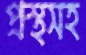
প্রস্থসহ